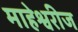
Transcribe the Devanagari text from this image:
माहेश्वरीज